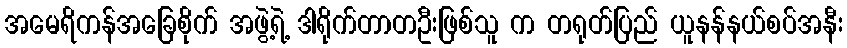
အမေရိကန်အခြေစိုက် အဖွဲ့ရဲ့ ဒါရိုက်တာတဦးဖြစ်သူ က တရုတ်ပြည် ယူနန်နယ်စပ်အနီး